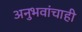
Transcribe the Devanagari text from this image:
अनुभवांचाही